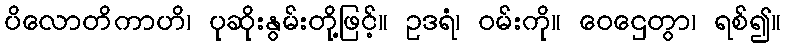
ပိလောတိကာဟိ၊ ပုဆိုးနွမ်းတို့ဖြင့်။ ဥဒရံ၊ ဝမ်းကို။ ဝေဌေတွာ၊ ရစ်၍။